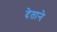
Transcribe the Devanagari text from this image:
देताने